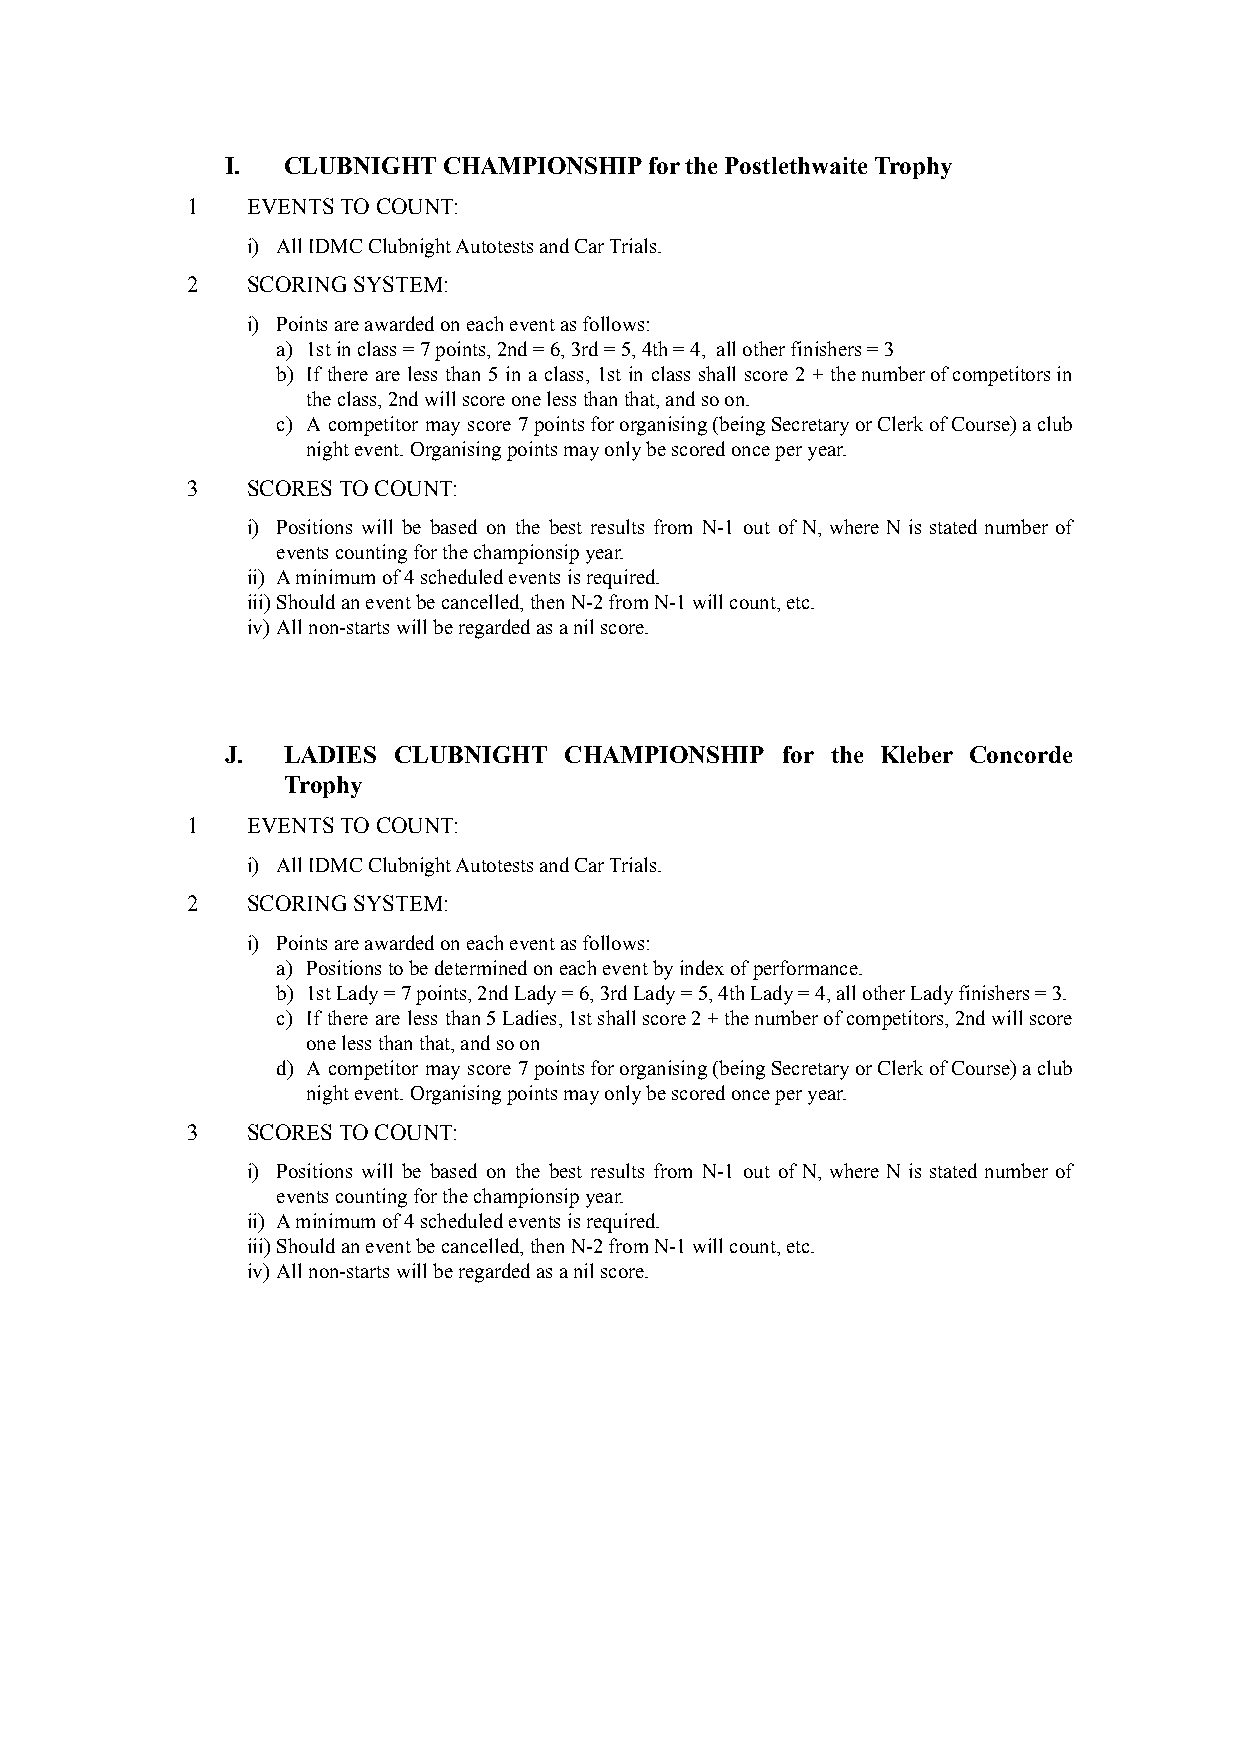
I.  CLUBNIGHT CHAMPIONSHIP  for the Postlethwaite Trophy
 1   EVENTS TO COUNT:
 i) All IDMC Clubnight Autotests and Car Trials.
 2   SCORING SYSTEM:
 i) Points are awarded on each event as follows:
 a) 1st in class = 7 points, 2nd = 6, 3rd = 5, 4th = 4, all other finishers = 3
 b) If there are less than 5 in a class, 1st in class shall score 2 + thenumberofcompetitorsin
 the class, 2nd will score one less than that, and so on.
 c) A competitor may score 7pointsfororganising(beingSecretaryorClerkofCourse)aclub
 night event. Organising points may only be scored once per year.
 3   SCORES TO COUNT:
 i) Positions will be based on the best results from N-1 out of N, where N is stated number of
 events counting for the championsip year.
 ii) A minimum of 4 scheduled events is required.
 iii)Should an event be cancelled, then N-2 from N-1 will count, etc.
 iv) All non-starts will be regarded as a nil score.
 J.  LADIES CLUBNIGHT  CHAMPIONSHIP   for the Kleber Concorde
 Trophy
 1   EVENTS TO COUNT:
 i) All IDMC Clubnight Autotests and Car Trials.
 2   SCORING SYSTEM:
 i) Points are awarded on each event as follows:
 a) Positions to be determined on each event by index of performance.
 b) 1st Lady = 7 points, 2nd Lady = 6, 3rd Lady = 5, 4th Lady = 4, all other Lady finishers = 3.
 c) If there are less than5Ladies,1stshallscore2+thenumberofcompetitors,2ndwillscore
 one less than that, and so on
 d) A competitor may score 7pointsfororganising(beingSecretaryorClerkofCourse)aclub
 night event. Organising points may only be scored once per year.
 3   SCORES TO COUNT:
 i) Positions will be based on the best results from N-1 out of N, where N is stated number of
 events counting for the championsip year.
 ii) A minimum of 4 scheduled events is required.
 iii)Should an event be cancelled, then N-2 from N-1 will count, etc.
 iv) All non-starts will be regarded as a nil score.